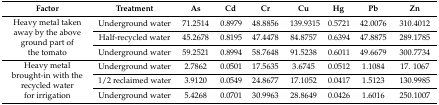
<table><thead><tr><td><b>Factor</b></td><td><b>Treatment</b></td><td><b>As</b></td><td><b>Cd</b></td><td><b>Cr</b></td><td><b>Cu</b></td><td><b>Hg</b></td><td><b>Pb</b></td><td><b>Zn</b></td></tr></thead><tbody><tr><td rowspan="3">Heavy metal taken away by the above ground part of the tomato</td><td>Underground water</td><td>71.2514</td><td>0.8979</td><td>48.8856</td><td>139.9315</td><td>0.5721</td><td>42.0076</td><td>310.4012</td></tr><tr><td>Half-recycled water</td><td>45.2678</td><td>0.8195</td><td>47.4478</td><td>84.8757</td><td>0.6394</td><td>47.8875</td><td>289.1785</td></tr><tr><td>Underground water</td><td>59.2521</td><td>0.8994</td><td>58.7648</td><td>91.5238</td><td>0.6011</td><td>49.6679</td><td>300.7734</td></tr><tr><td rowspan="3">Heavy metal brought-in with the recycled water for irrigation</td><td>Underground water</td><td>2.7862</td><td>0.0501</td><td>17.5635</td><td>3.6745</td><td>0.0512</td><td>1.1084</td><td>17. 1067</td></tr><tr><td>1/2 reclaimed water</td><td>3.9120</td><td>0.0549</td><td>24.8677</td><td>17.1052</td><td>0.0417</td><td>1.5123</td><td>130.9985</td></tr><tr><td>Underground water</td><td>5.4268</td><td>0.0701</td><td>30.9963</td><td>28.8649</td><td>0.0426</td><td>1.6016</td><td>250.1007</td></tr></tbody></table>